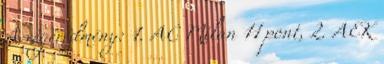
A végeredmény: 1. AC Milan 11 pont, 2. AEK